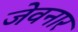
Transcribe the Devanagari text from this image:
जेवनार